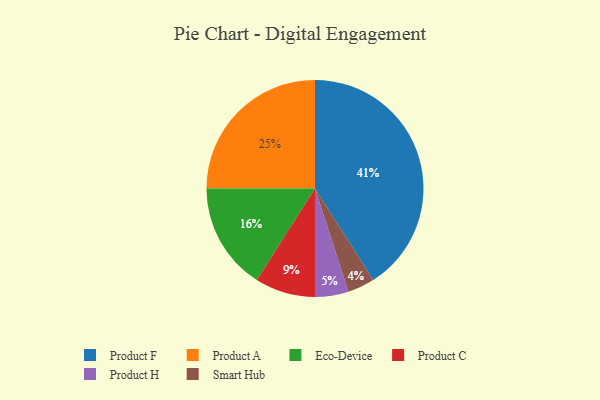
{"axis": {"x": "Category", "y": "Percentage"}, "legend": ["Eco-Device", "Product A", "Product C", "Product F", "Product H", "Smart Hub"], "data": [{"x": "Product A", "y": 25, "type": "Product A"}, {"x": "Product C", "y": 9, "type": "Product C"}, {"x": "Smart Hub", "y": 4, "type": "Smart Hub"}, {"x": "Product F", "y": 41, "type": "Product F"}, {"x": "Eco-Device", "y": 16, "type": "Eco-Device"}, {"x": "Product H", "y": 5, "type": "Product H"}]}